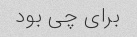
برای چی بود